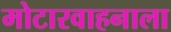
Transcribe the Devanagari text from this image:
मोटारवाहनाला